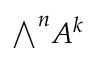
{ \textstyle \bigwedge } ^ { n } A ^ { k }